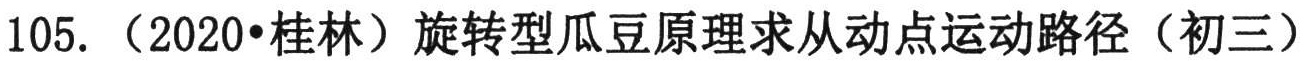
105. （2020•桂林）旋转型瓜豆原理求从动点运动路径（初三）